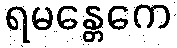
ရမန္တေကေ